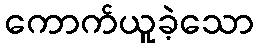
ကောက်ယူခဲ့သော